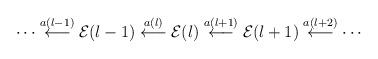
LaTeX: \begin{align*}\cdots \stackrel{a(l-1)}{\longleftarrow} {\cal E}(l-1) \stackrel{a(l)}{\longleftarrow} {\cal E}(l) \stackrel{a(l+1)}{\longleftarrow} {\cal E}(l+1) \stackrel{a(l+2)}{\longleftarrow} \cdots\end{align*}